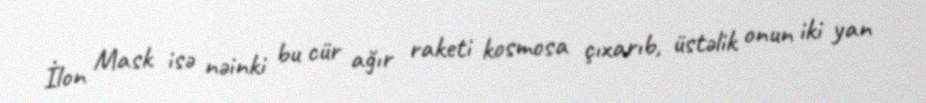
İlon Mask isə nəinki bu cür ağır raketi kosmosa çıxarıb, üstəlik onun iki yan